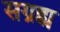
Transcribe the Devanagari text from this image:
सग्रह्य